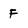
Character: F